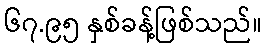
၆၇.၉၅ နှစ်ခန့်ဖြစ်သည်။